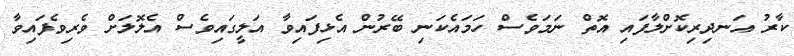
ކާރު އަނދިރިކޮށްލާފައި އޮތް ނަމަވެސް ހަމައެކަނި ބޭރުން އެޅިފައިވާ އަލީގައިވެސް އެލޮލަށް ވެރިވެފައިވާ